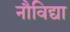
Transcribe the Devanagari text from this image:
नौविद्या